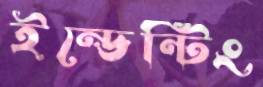
ইন্ডেন্টিং